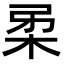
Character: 𭩲